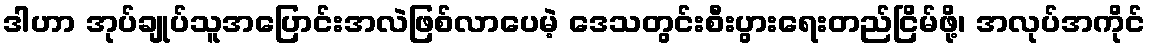
ဒါဟာ အုပ်ချုပ်သူအပြောင်းအလဲဖြစ်လာပေမဲ့ ဒေသတွင်းစီးပွားရေးတည်ငြိမ်ဖို့၊ အလုပ်အကိုင်